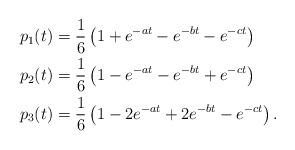
LaTeX: \begin{align*}p_1(t) &= \frac{1}{6} \left(1+e^{-at} - e^{-bt} - e^{-ct} \right) \\p_2(t) &= \frac{1}{6} \left(1 - e^{-at} - e^{-bt} + e^{-ct} \right) \\p_3(t) &= \frac{1}{6} \left(1- 2 e^{-at} + 2 e^{-bt} - e^{-ct} \right).\end{align*}